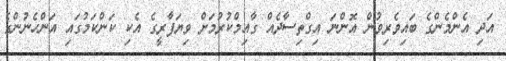
އަދި އެންމެންގެ ބައިވެރިވުން އޮންނަ އިގްތިސާދެއް ގާއިމްކުރުމަށް ވިޔަފާރީގެ އެކި ކަންކަމުގައި އަންހެނުންގެ